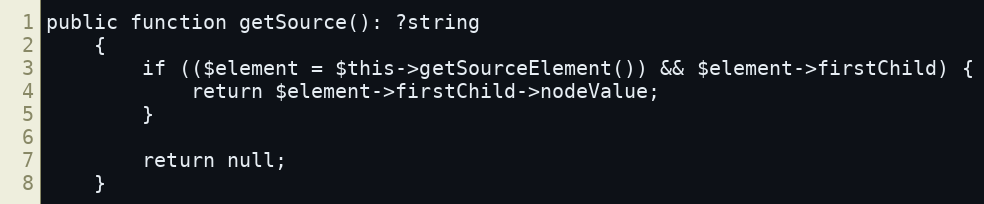
Language: PHP
public function getSource(): ?string
    {
        if (($element = $this->getSourceElement()) && $element->firstChild) {
            return $element->firstChild->nodeValue;
        }

        return null;
    }